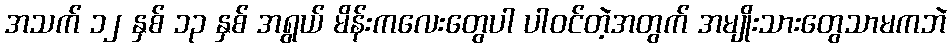
အသက် ၁၂ နှစ် ၁၃ နှစ် အရွယ် မိန်းကလေးတွေပါ ပါဝင်တဲ့အတွက် အမျိုးသားတွေသာမကဘဲ